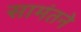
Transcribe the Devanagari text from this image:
सामंतने